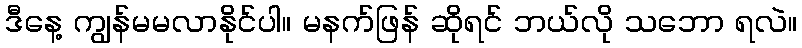
ဒီနေ့ ကျွန်မမလာနိုင်ပါ။ မနက်ဖြန် ဆိုရင် ဘယ်လို သဘော ရလဲ။